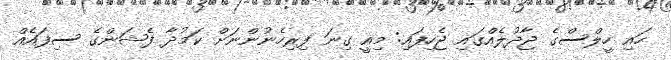
ހައި ހީލްސްގެ ޖާދުލެއްގައި ޖެހިފައި: މިއީ ގިނަ ފިރިހެނުންނަށް ކަމުދާ ފެޝަންގެ ސިފައެއް